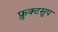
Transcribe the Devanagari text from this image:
फ्रुक्टसुप